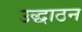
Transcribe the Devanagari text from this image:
उद्धाठन